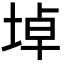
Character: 𡍎